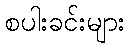
စပါးခင်းများ